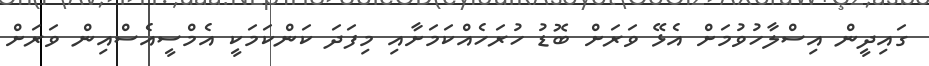
ގައިދީން އިސްލާހުވުމަށް އެޅޭ ވަރަށް ބޮޑު ހުރަހެއްކަމަށާއި މިފަދަ ކަންކަމަކީ އެމްސީއެސްއިން ވަރަށް